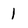
Character: 1